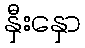
နှီးနှော